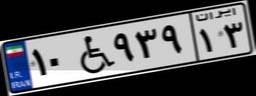
۱۰W۹۳۹۱۳